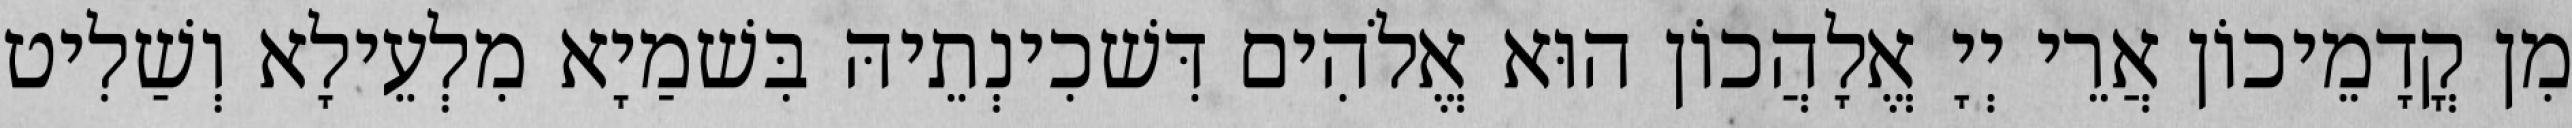
מִן קֳדָמֵיכוֹן אֲרֵי יְיָ אֱלָהֲכוֹן הוּא אֱלֹהִים דִּשׁכִינְתֵיהּ בִּשׁמַיָא מִלְעֵילָא וְשַׁלִיט